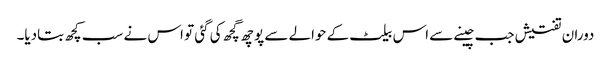
دوران تفتیش جب چینے سے اس بیلٹ کے حوالے سے پوچھ گچھ کی گئی تو اس نے سب کچھ بتادیا۔